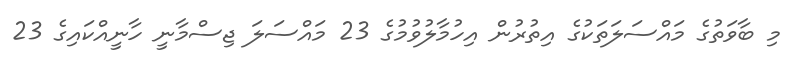
މި ބާވަތުގެ މައްސަލަތަކުގެ އިތުރުން އިހުމާލުވުމުގެ 23 މައްސަލަ ޖިސްމާނީ ހާނީއްކައިގެ 23